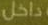
داخل